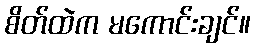
စိတ်ထဲက မကောင်းချင်။